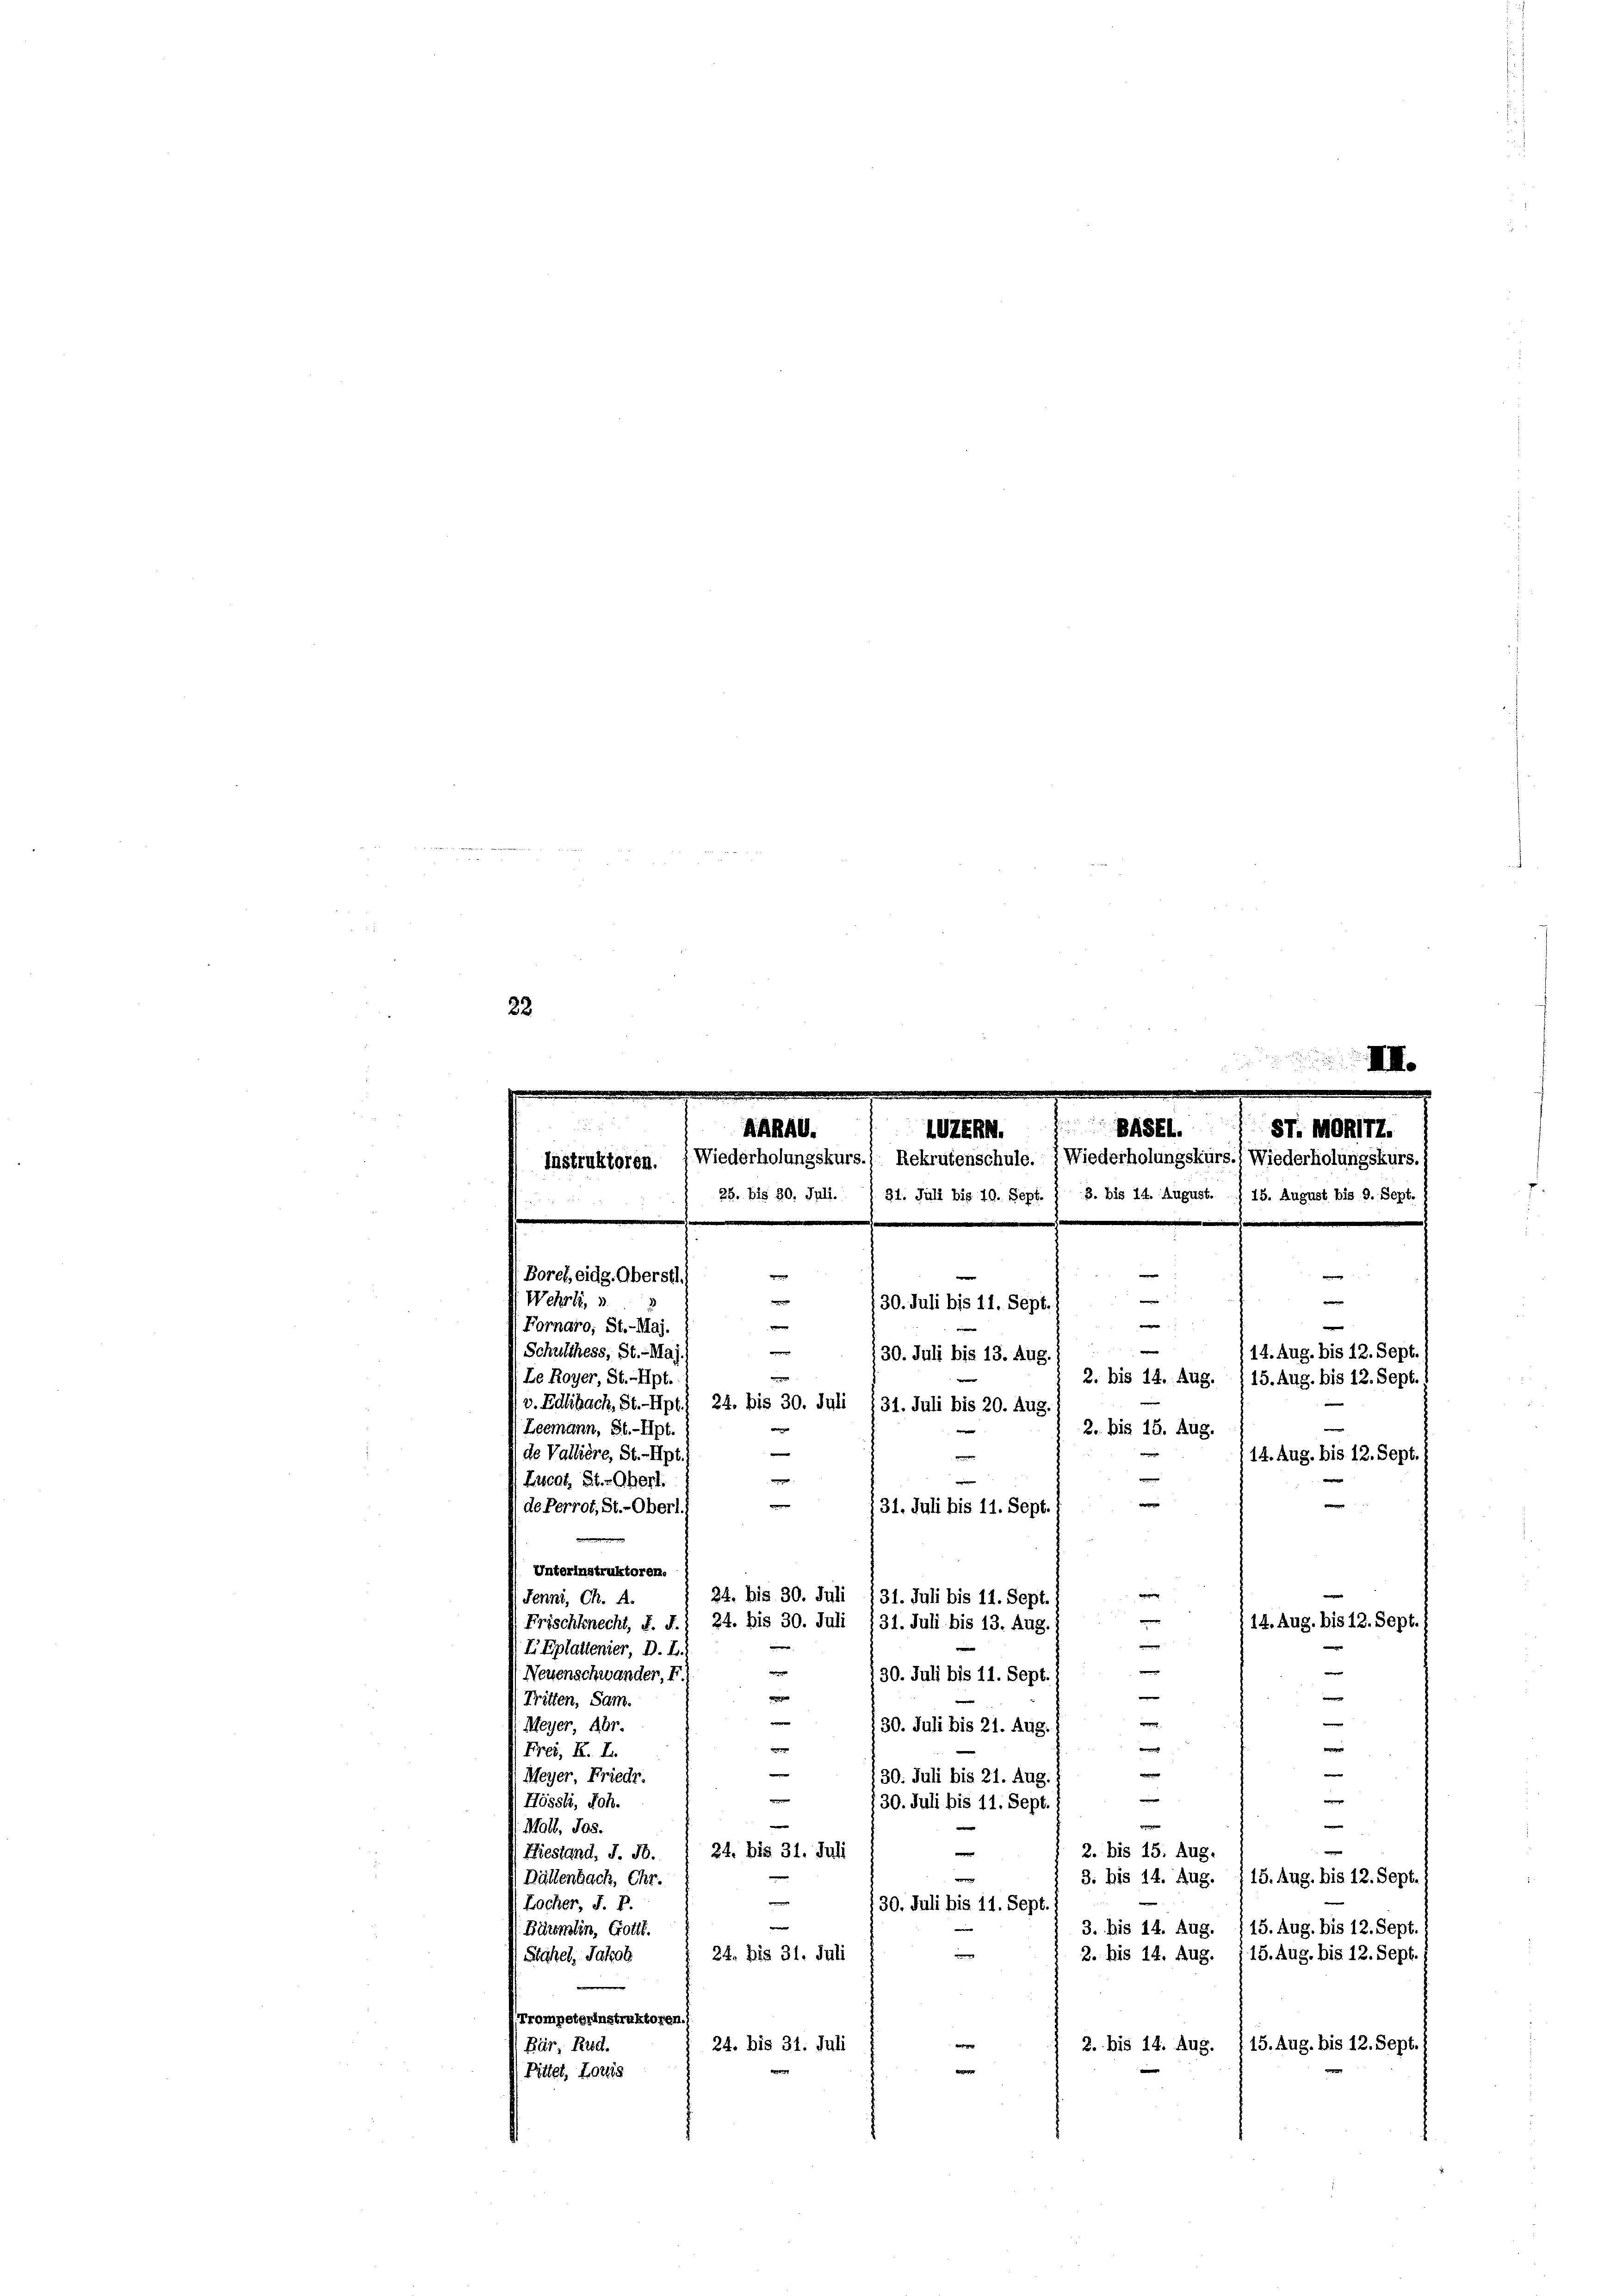
22

.
UZERN. 1 Bbsfl.) St. Monirt.
ARRAG.
Instruktoren. (Wiederholungskurs.) Rekrutenschule. Wiederholungskurs.) Wiederholungskurs. I
25. bis 30. Juli. / 31. Juli bis 10. Sept. 1 3. bis 14. August. / 15. August bis 9. Sept. (
.
e
.
.

.
e
n
e
|
Wehrli, v
30. Juli bis 11. Sept.
:
e
e
14. Aug. bis 12. Sept.
30. Juli bis 13. Aug.
Le Royer, St. Hpt.
2. bis 14. Aug. 115. Aug. bis 12. Sept.
v. Zdlibach, St.- Hpt) 24. bis 30. Juli 131. Juli bis 20. Aug.
Leemann, St.-Hpt.
2. bis 15. Aug.
e
de Vallière, St.-Hpt.
e
14. Aug. bis 12. Sept.
e
.
Lucot, St.-Oberl.
e
m
 de Perrot, St.-Oberl.
31. Juli bis 11. Sept.
d
Unterinstruktoren.
e
24. bis 30. Juli 131. Juli bis 11. Sept. 1
(Jenni, Ch. A.
n
14. Aug. bis 12. Sept./
Frischknecht, F. J.) 24. bis 30. Juli 131. Juli bis 13. Aug.
e
EEplattenier, D. L.

Borel, eidg. Aberstl.
(Fornaro, St.-Maj.
Schulthess, St.- Maj

e
e
Neuenschwander. E
130. Juli bis 11. Sept.
e
e
(Tritten, Sam.
e
M
Meyer, Abr.
130. Juli bis 21. Aug.
e
e
Frei, K. A.
w

Meyer, Friedr.
130. Juli bis 21. Aug.
e
w
Hössli, Sch.
130. Juli bis 11. Sept
d
e
Mall, Jos.
.
e
2. bis 15. Aug.
24. bis 31. Juli
Hiestand, J. J.
e
3. bis 14. Aug.
15. Aug. bis 12. Sept.
Bällenbach, Chr.
d
Locher, J. P.
130. Juli bis 14. Sept.
15. Aug. bis 12. Sept.
3. bis 14. Aug.
Bäumlin, Gottt.
24. bis 31. Juli
Stahel, Jakob
2. bis 14. Aug. 115. Aug. bis 12. Sept. 1
f. Trompeterinstruktoren.)
e
24. bis 31. Juli
2. bis 14. Aug. 115. Aug. bis 12. Sept.
Bär, Rud.
e
Pittet, Loris